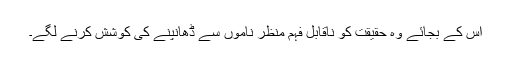
اس کے بجائے وہ حقیقت کو ناقابلِ فہم منظر ناموں سے ڈھانپنے کی کوشش کرنے لگے۔